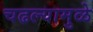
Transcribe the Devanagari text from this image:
चढल्यामुळे